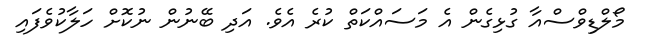
މޯލްޑިވްސްއާ ގުޅިގެން އެ މަސައްކަތް ކުރެ އެވެ. އަދި ބޭނުން ނުކޮށް ހަލާކުވެފައި